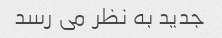
جدید به نظر می رسد